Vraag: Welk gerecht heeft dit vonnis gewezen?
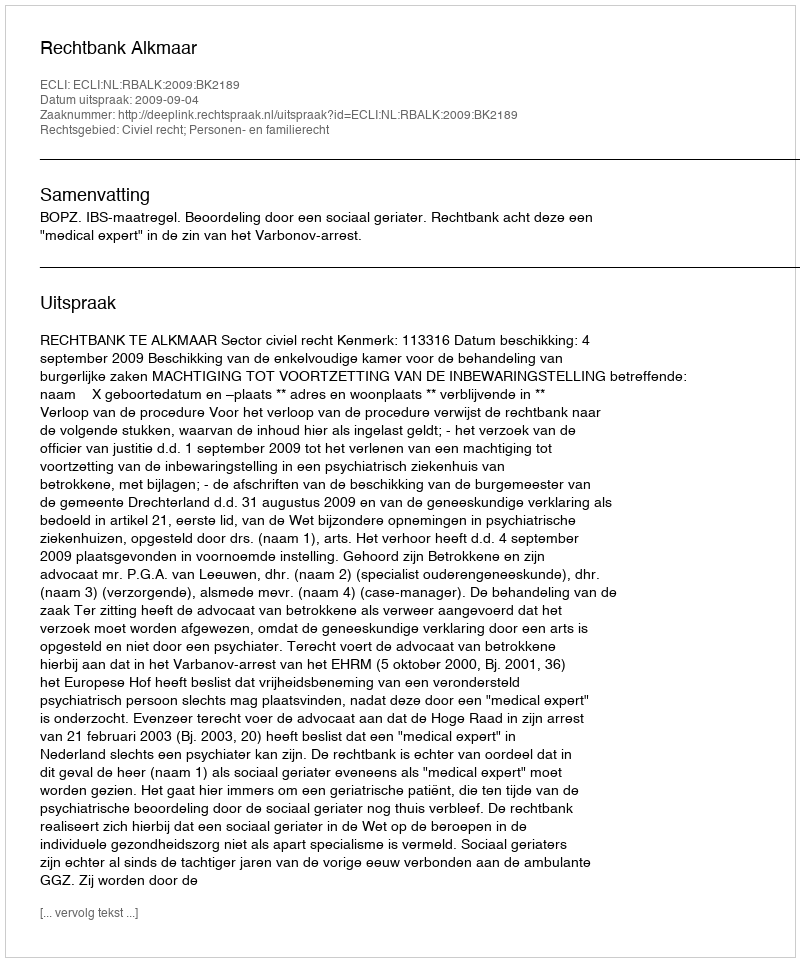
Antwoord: Rechtbank Alkmaar